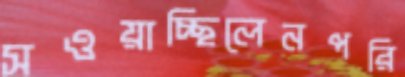
সওয়াচ্ছিলেনপরি